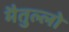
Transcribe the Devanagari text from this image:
मैतुल्लो